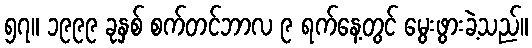
၅၇။ ၁၉၉၉ ခုနှစ် စက်တင်ဘာလ ၉ ရက်နေ့တွင် မွေးဖွားခဲ့သည်။